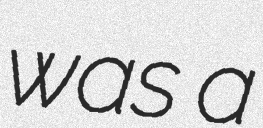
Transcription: was a